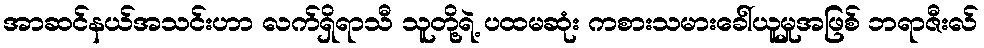
အာဆင်နယ်အသင်းဟာ လက်ရှိရာသီ သူတို့ရဲ့ ပထမဆုံး ကစားသမားခေါ်ယူမှုအဖြစ် ဘရာဇီးလ်